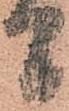
間